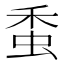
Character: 𧉷